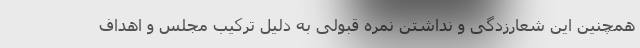
همچنین این شعارزدگی و نداشتن نمره قبولی به دلیل ترکیب مجلس و اهداف